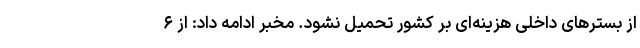
از بسترهای داخلی هزینه‌ای بر کشور تحمیل نشود. مخبر ادامه داد: از ۶